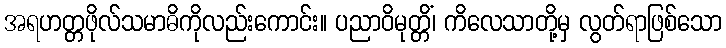
အရဟတ္တဖိုလ်သမာဓိကိုလည်းကောင်း။ ပညာဝိမုတ္တိံ၊ ကိလေသာတို့မှ လွတ်ရာဖြစ်သော